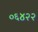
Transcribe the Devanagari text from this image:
०६४२२